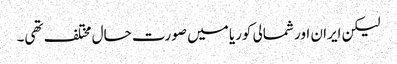
لیکن ایران اور شمالی کوریا میں صورت حال مختلف تھی۔